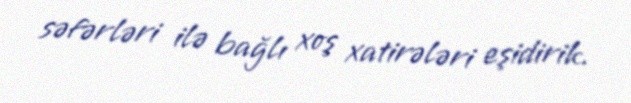
səfərləri ilə bağlı xoş xatirələri eşidirik.